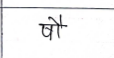
मजकूर: षौ